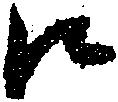
江